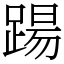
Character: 踼